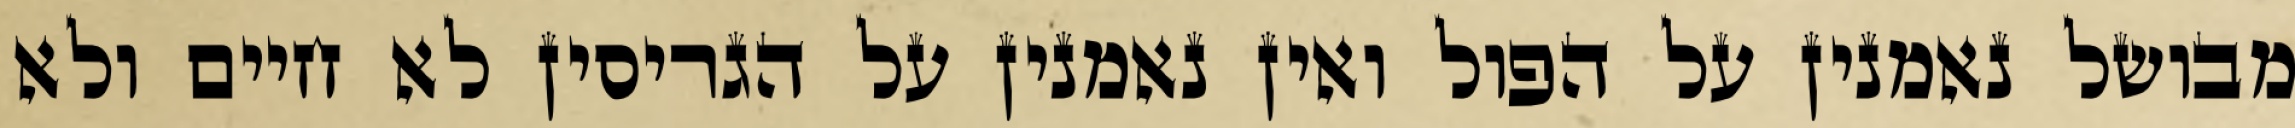
מבושל נאמנין על הפול ואין נאמנין על הגריסין לא חיים ולא